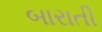
બારાતી